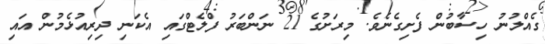
ގެއްލުނު ހިސާބުން ފެށިގެނެވެ. މިރަށުގެ 21 ނަންބަރު ފްލެޓްގައި އެކަނި ދިިރިއުޅެމުން އައި